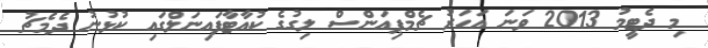
މި ދެޓީމު 2013 ވަނަ އަހަރު ޗެމްޕިއަންސް ލިގުގެ ކުއާޓާފައިނަލްގައި ކުޅުނު ދެމެޗު